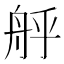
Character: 𮎇